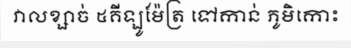
វាលខ្សាច់ ៥គីឡូម៉ែត្រ ទៅកាន់ ភូមិកោះ